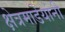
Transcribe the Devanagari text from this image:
क्षेत्रमाडेयांनी